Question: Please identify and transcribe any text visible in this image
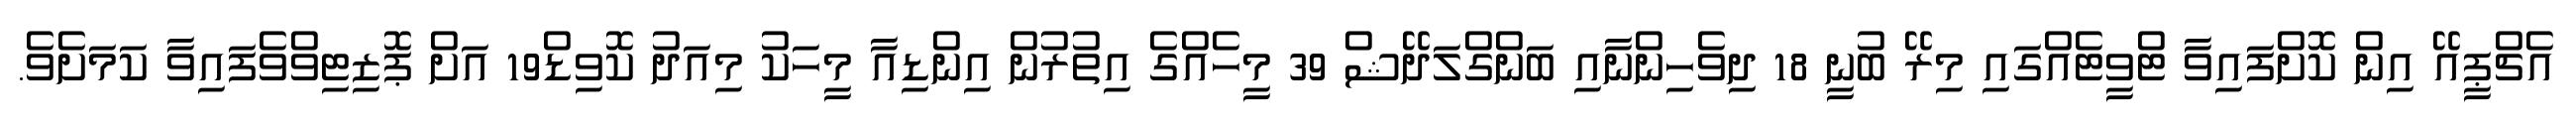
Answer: އެޗްޕީއޭ އިން ކޮށްފައިވާ ޓްވީޓެއްގައި މިރޭ ބުނީ 18 ދިވެހިންނާއި ބަންގްލަދޭޝް 39 މީހެއްގެ އިތުރުން އިންޑިއާ މީހަކު މިއަދު ކޮވިޑް19 އަށް ޕޮޒިޓިވްވެފައިވާ ކަމަށެވެ.